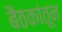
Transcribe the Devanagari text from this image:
बैठकांतून